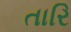
તારિ